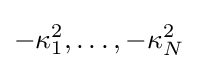
{\textstyle -\kappa _{1}^{2},\ldots ,-\kappa _{N}^{2}}